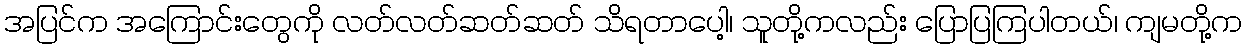
အပြင်က အကြောင်းတွေကို လတ်လတ်ဆတ်ဆတ် သိရတာပေါ့၊ သူတို့ကလည်း ပြောပြကြပါတယ်၊ ကျမတို့က